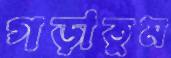
গড়াতুম